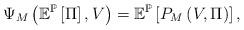
LaTeX: \begin{align*}\Psi_{M}\left(\mathbb{E}^{\mathbb{P}}\left[\Pi\right],V\right)=\mathbb{E}^{\mathbb{P}}\left[P_{M}\left(V,\Pi\right)\right],\end{align*}